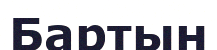
Бартын